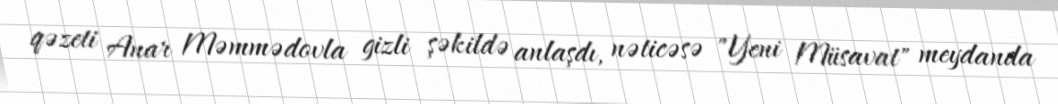
qəzeti Anar Məmmədovla gizli şəkildə anlaşdı, nəticəsə "Yeni Müsavat" meydanda